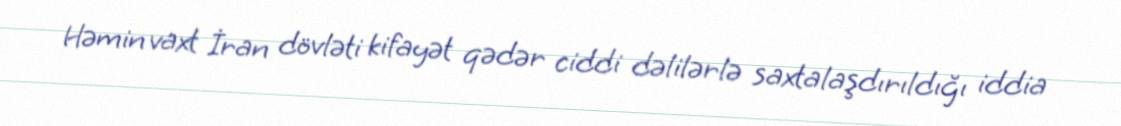
Həmin vaxt İran dövləti kifayət qədər ciddi dəlilərlə saxtalaşdırıldığı iddia